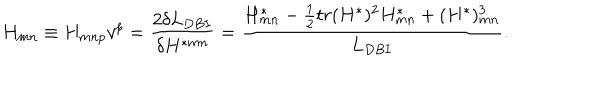
H _ { m n } \equiv H _ { m n p } v ^ { p } = { \frac { 2 \delta L _ { D B I } } { \delta H ^ { * m n } } } = { \frac { H _ { m n } ^ { * } - { \frac { 1 } { 2 } } t r ( H ^ { * } ) ^ { 2 } H _ { m n } ^ { * } + ( H ^ { * } ) _ { m n } ^ { 3 } } { L _ { D B I } } } .